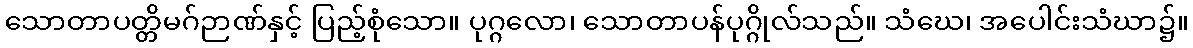
သောတာပတ္တိမဂ်ဉာဏ်နှင့် ပြည့်စုံသော။ ပုဂ္ဂလော၊ သောတာပန်ပုဂ္ဂိုလ်သည်။ သံဃေ၊ အပေါင်းသံဃာ၌။